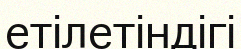
етілетіндігі